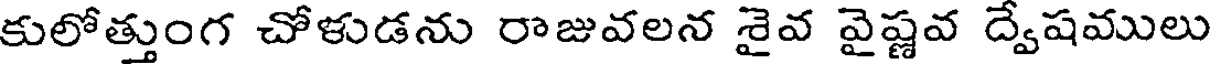
కులోత్తుంగ చోళుడను రాజువలన శైవ వైష్ణవ ద్వేషములు